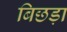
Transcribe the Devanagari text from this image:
बिछड़ा